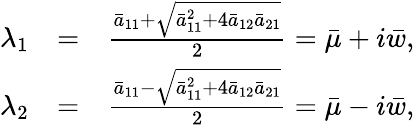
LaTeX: \begin{array}{rlr}{\lambda_{1}}&{=}&{\frac{\bar{a}_{11}+\sqrt{\bar{a}_{11}^{2}+4\bar{a}_{12}\bar{a}_{21}}}{2}=\bar{\mu}+i\bar{w},}\\ {\lambda_{2}}&{=}&{\frac{\bar{a}_{11}-\sqrt{\bar{a}_{11}^{2}+4\bar{a}_{12}\bar{a}_{21}}}{2}=\bar{\mu}-i\bar{w},}\end{array}